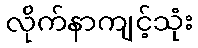
လိုက်နာကျင့်သုံး